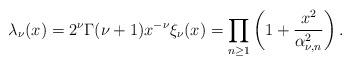
LaTeX: \begin{align*}\lambda_{\nu}(x)=2^{\nu}\Gamma(\nu+1)x^{-\nu}\xi_{\nu}(x)=\prod_{n\geq 1}\left(1+\frac{x^2}{\alpha_{\nu,n}^2}\right).\end{align*}